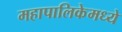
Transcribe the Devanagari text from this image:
महापालिकेमध्ये